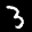
Label: 3